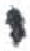
אות: י